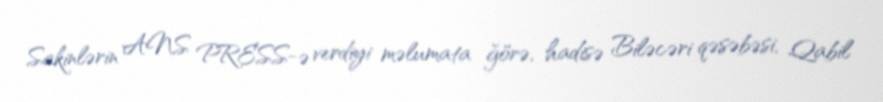
Sakinlərin ANS PRESS-ə verdiyi məlumata ğörə, hadisə Biləcəri qəsəbəsi, Qabil